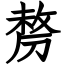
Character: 剺